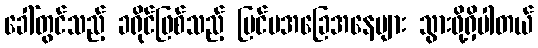
ခေါ်တွင်သည့် ခရိုင်ဖြစ်သည့် ပြင်ပအခြေအနေများ သွားဖို့ရှိပါတယ်